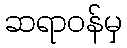
ဆရာဝန်မှ